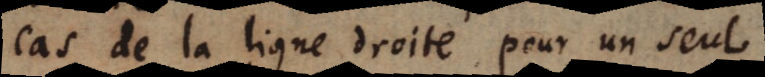
cas de la ligne droite pour un seul.